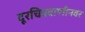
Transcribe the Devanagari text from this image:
दूरचित्रवाणीनवर